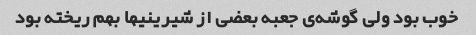
خوب بود ولی گوشه‌ی جعبه بعضی از شیرینیها بهم ریخته بود